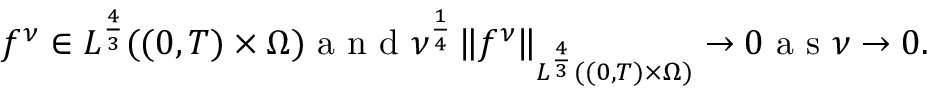
\begin{array} { r } { f ^ { \nu } \in L ^ { \frac 4 3 } ( ( 0 , T ) \times \Omega ) \mathrm { ~ a ~ n ~ d ~ } \nu ^ { \frac 1 4 } \left\lVert f ^ { \nu } \right\rVert _ { L ^ { \frac 4 3 } ( ( 0 , T ) \times \Omega ) } \to 0 \mathrm { ~ a ~ s ~ } \nu \to 0 . } \end{array}